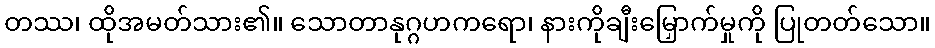
တဿ၊ ထိုအမတ်သား၏။ သောတာနုဂ္ဂဟကရော၊ နားကိုချီးမြှောက်မှုကို ပြုတတ်သော။